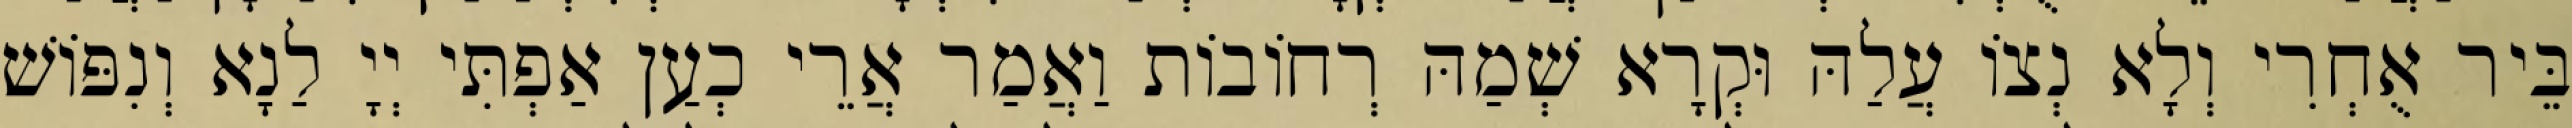
בֵּיר אֻחְרִי וְלָא נְצוֹ עֲלַהּ וּקְרָא שְׁמַהּ רְחוֹבוֹת וַאֲמַר אֲרֵי כְעַן אַפְתִּי יְיָ לַנָא וְנִפּוֹשׁ